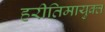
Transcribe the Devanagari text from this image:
हरीतिमायुक्‍त